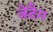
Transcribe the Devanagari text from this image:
जेटैग